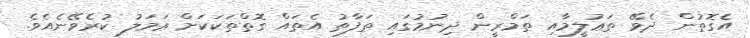
އެގޮތުން ދެވޭ ތަޢުލީމާއި ތަމްރީން ދިނުމުގައި ތަފާތު އެތައް ގޮތްތަކަކަށް ޢަމަލު ކުރެވޭނެއެވެ.